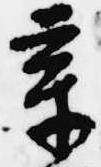
章